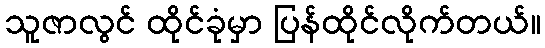
သူဇာလွင် ထိုင်ခုံမှာ ပြန်ထိုင်လိုက်တယ်။